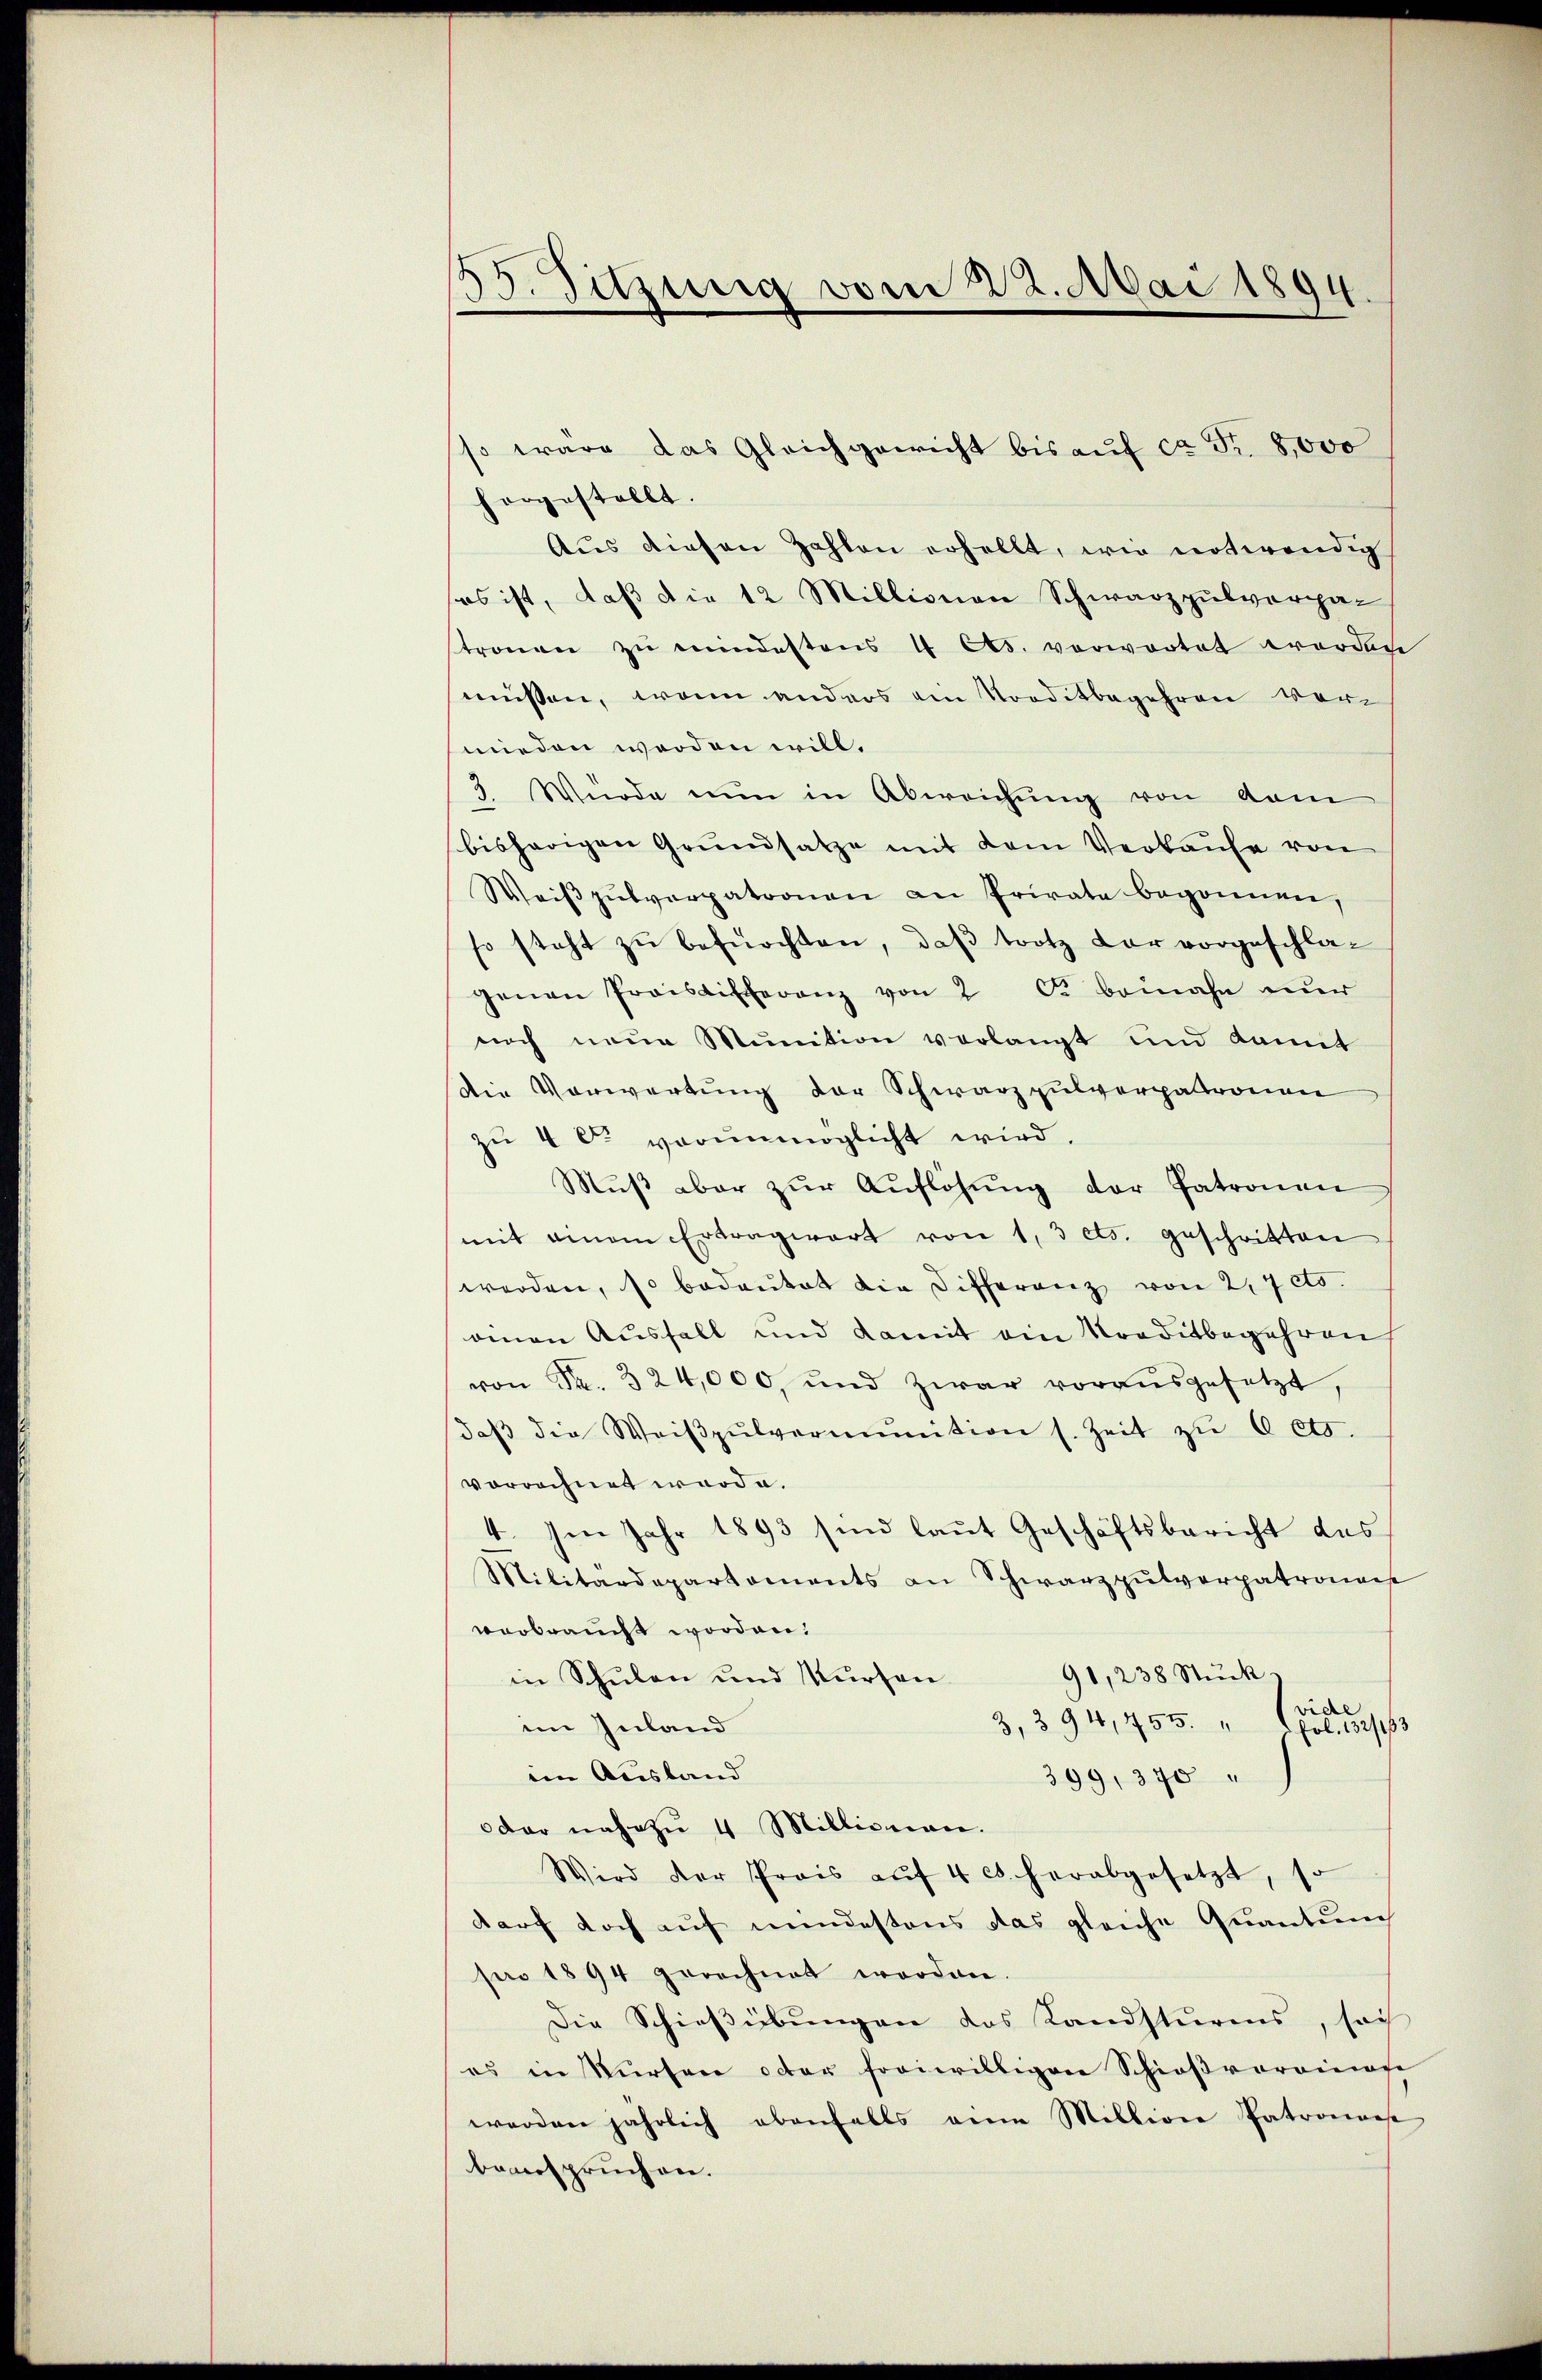
35. Sitzung vom 22. Mai 1894

so wäre das Gleichgewicht bis aŭf ca Fr. 8000
horgestellt.
Aus diesen Zahlen erhellt, wie notwendig
es ist, daß die 12 Millionen Schwarzpulverpastronen zŭ mindestens 4 Cts. vorwortet worden
müssen, wenn anders ein Vorditbegehren vormieden werden will.
3. Würde nŭn in Abweichŭng von dam
bisherigen Grundsatze mit dem Verkaufe von
Weiβpŭlverpatronen an Privata begonnen,
so steht zŭ befürchten, daβ trotz dar vorgeschla-
genen Preisdifferenz von 2 cr beinahe nur
uoch neue Munition verlangt und damit
die Vorwartung der Schwarzpulverpatronen
zu 4 C. vorunmöglicht wird.
Mŭβ aber zŭr Aŭflösung der Patronen
mit einem Ertragwart von 1, 3 ets. geschritten
werden, so bedeutet die Differenz von 27 cts.
onnen Ausfall und damit ein Kreditbegehren
von Fr. 324,000, und zwar vorausgesetzt,
daβ die Weiβpŭlvermŭnition s. Zeit zŭ 0 cts.
vorrechnet worden.
4. Im Jahr 1893 sind laut Geschäftsbericht des
Militärdepartements an Schwarzpŭtverpatrona
verbraucht worden.
91,238 Stück
in Schulen und Kursen
3,394, 455. " Cle
im Inland
iin Ausland
399, 370
oder nahezŭ 4 Millionen.
Wird der Prais aŭf 4 c. herabgesetzt, so
darf doch auf mindestens das gleiche Quantum
pro 1894 gerechnet worden.
Die Schießübungen das Landsturms, soch
es in Kürsen oder foriwilligen Schieβvorrinose
werden jährlich ebenfalls von Millione Patronos
beanspruchen.